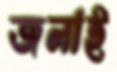
জলাই